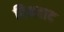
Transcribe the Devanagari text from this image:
बिनबाद